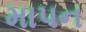
માપન